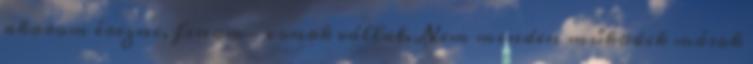
akarom érezni, finom- vonok vállat. Nem minden működik mások